Materia medica of Madras volume I
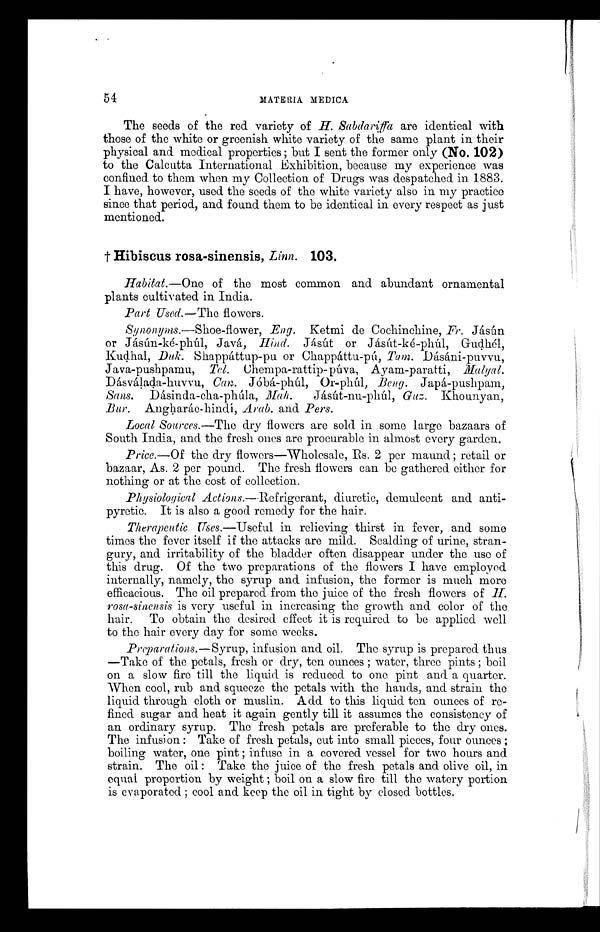
54
MATE RIA MEDICA
The seeds of the red variety of H. Sabdariffa are identical with
those of the white or greenish white variety of the same plant in their
physical and medical properties ; but I sent the former only (No. 102)
to the Calcutta International Exhibition, because my experience was
confined to them when my Collection of Drugs was despatched in 1883.
I have, however, used the seeds of the white variety also in my practice
since that period, and found them to be identical in every respect as just
mentioned.
† Hibiscus rosa-sinensis, Linn. 103.
Habitat.—One of the most common and abundant ornamental
plants cultivated in India.
Part Med.—The flowers.
Synonyms.—Shoe-flower, Eng. Katmi de Cochinchine, Fr.J á s ú n
or Jásún-ké-phúl, Javá, Hind. Jásút or Jásút-ké-phúl, Gudhél,
Kudhal, Duk. Shappáttup-pu or Chappáttu-pú, Tam. Dásáni-puvvu,
Java-pushpamu, Tel. Chempa-rattip-púva, Ayam-paratti, Malyal.
Dásválada-huvvu, Can. Jóbá-phúl, Or-phúl,
Beng. Japá-pushpam,
Sans. Dásinda-cha-phúla, Mah. Jásút-nu-phúl, Guz. Khounyan,
Bur. Angharáe-hindí, Arab. and Pers.
Local Sources.—The dry flowers are sold in some large bazaars of
South India, and the fresh ones are procurable in almost every garden.
Price.—Of the dry flowers—Wholesale, Rs. 2 per maund; retail or
bazaar, As. 2 per pound. The fresh flowers can be gathered either for
nothing or at the cost of collection.
Physiological Actions.—Refrigerant, diuretic, demulcent and anti-
pyretic. It is also a good remedy for the hair.
Therapeutic Uses.—Useful in relieving thirst in fever, and some
times the fever itself if the attacks are mild.. Scalding of urine,
s t r a n - g u r y , a n d i r r i t a b i l i t y o f t h e b l a d d e r o f t e n d i s a p p e a r u n d e r t h e u s e o f
this drug. Of the two preparations of the flowers I have employed
internally, namely, the syrup and infusion, the former is much more
efficacious. The oil prepared from the juice of the fresh flowers of H.
rosa-sinensis is very useful in increasing the growth and color of the
hair. To obtain the desired. effect it is required to be applied well
to the hair every day for some weeks.
Preparations.—Syrup, infusion and oil. The syrup is prepared thus
—Take of the petals, fresh or dry, ten ounces ; water, three pints ; boil
on a slow fire till the liquid. is reduced to one pint and. a quarter.
When coel, rub and squeeze the petals with the hands, and strain the
liquid through cloth or muslin. Add to this liquid ten ounces of re-
fined sugar and heat it again gently till it assumes the consistency of
an ordinary syrup. The fresh petals are preferable to the dry ones.
The infusion : Take of fresh petals, cut into small pieces, four ounces ;
boiling water, one pint ; infuse in a covered vessel for two hours and
strain. The oil : Take the juice of the fresh petals and olive oil, in
equal proportion by weight ; boil on a slow fire till the watery portion
is evaporated. ; cool and keep the oil in tight by closed bottles.